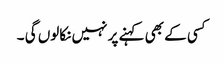
کسی کے بھی کہنے پر نہیں نکالوں گی ۔